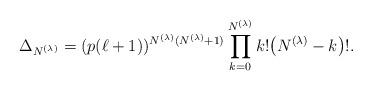
LaTeX: \begin{align*}\Delta_{N^{(\lambda)}} = (p (\ell+1))^{N^{(\lambda)}(N^{(\lambda)}+1)} \prod\limits_{k=0}^{N^{(\lambda)}} k!\big(N^{(\lambda)}-k\big)!.\end{align*}